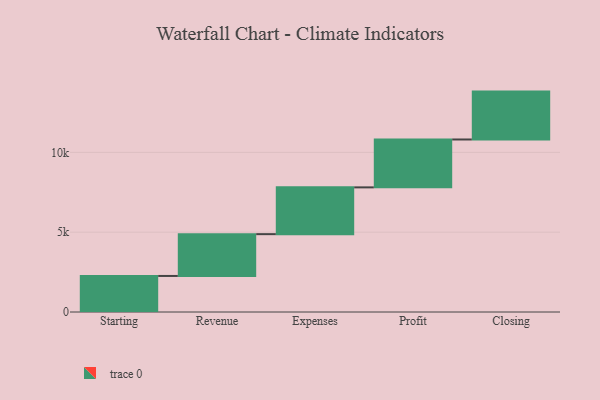
{"axis": {"x": "Step", "y": "Value"}, "legend": [""], "data": [{"x": "Starting", "y": 2258.0, "type": ""}, {"x": "Revenue", "y": 2619.0, "type": ""}, {"x": "Expenses", "y": 2931.0, "type": ""}, {"x": "Profit", "y": 3000, "type": ""}, {"x": "Closing", "y": 3000, "type": ""}]}